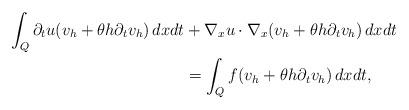
LaTeX: \begin{align*} \int_Q \partial_t u (v_h + \theta h \partial_t v_h ) \,dx dt &+ \nabla_x u \cdot \nabla_x (v_h + \theta h \partial_t v_h ) \,dx dt \\ &=\int_Q f (v_h + \theta h \partial_t v_h ) \,dx dt, \end{align*}